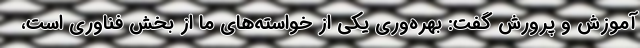
آموزش و پرورش گفت: بهره‌وری یکی از خواسته‌های ما از بخش فناوری است،